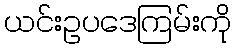
ယင်းဥပဒေကြမ်းကို